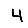
Digit: 4